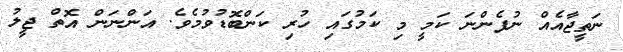
ނަތީޖާއެއް ނުފެންނަ ކަމީ މި ކަމުގައި ހުރި ކަންބޮޑުވުމެވެ. އަންނަން އޮތް ޖީލު